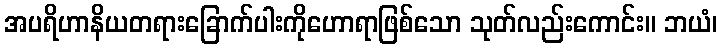
အပရိဟာနိယတရားခြောက်ပါးကိုဟောရာဖြစ်သော သုတ်လည်းကောင်း။ ဘယံ၊